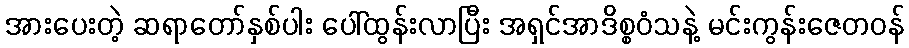
အားပေးတဲ့ ဆရာတော်နှစ်ပါး ပေါ်ထွန်းလာပြီး အရှင်အာဒိစ္စဝံသနဲ့ မင်းကွန်းဇေတဝန်